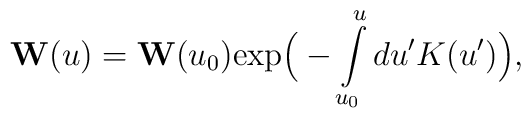
{\bf W}(u) = {\bf W}(u_0) \mbox{exp}\Big(-\int\limits_{u_0}^u du' K(u')\Big),